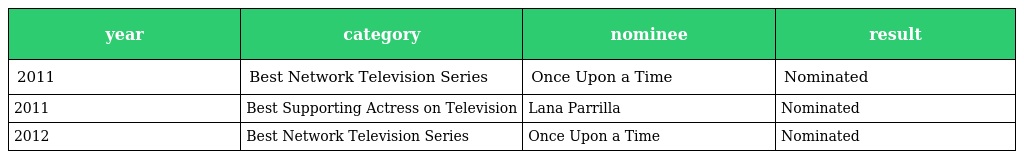
| year | category | nominee | result |
 | --- | --- | --- | --- |
 | 2011 | Best Network Television Series | Once Upon a Time | Nominated |
 | 2011 | Best Supporting Actress on Television | Lana Parrilla | Nominated |
 | 2012 | Best Network Television Series | Once Upon a Time | Nominated |